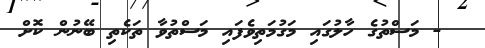
- މަސްތުގެ ހާލުގައި މަގުމަތިވެފައި މަސްތުވާ ތަކެތި ބޭނުން ކޮށް